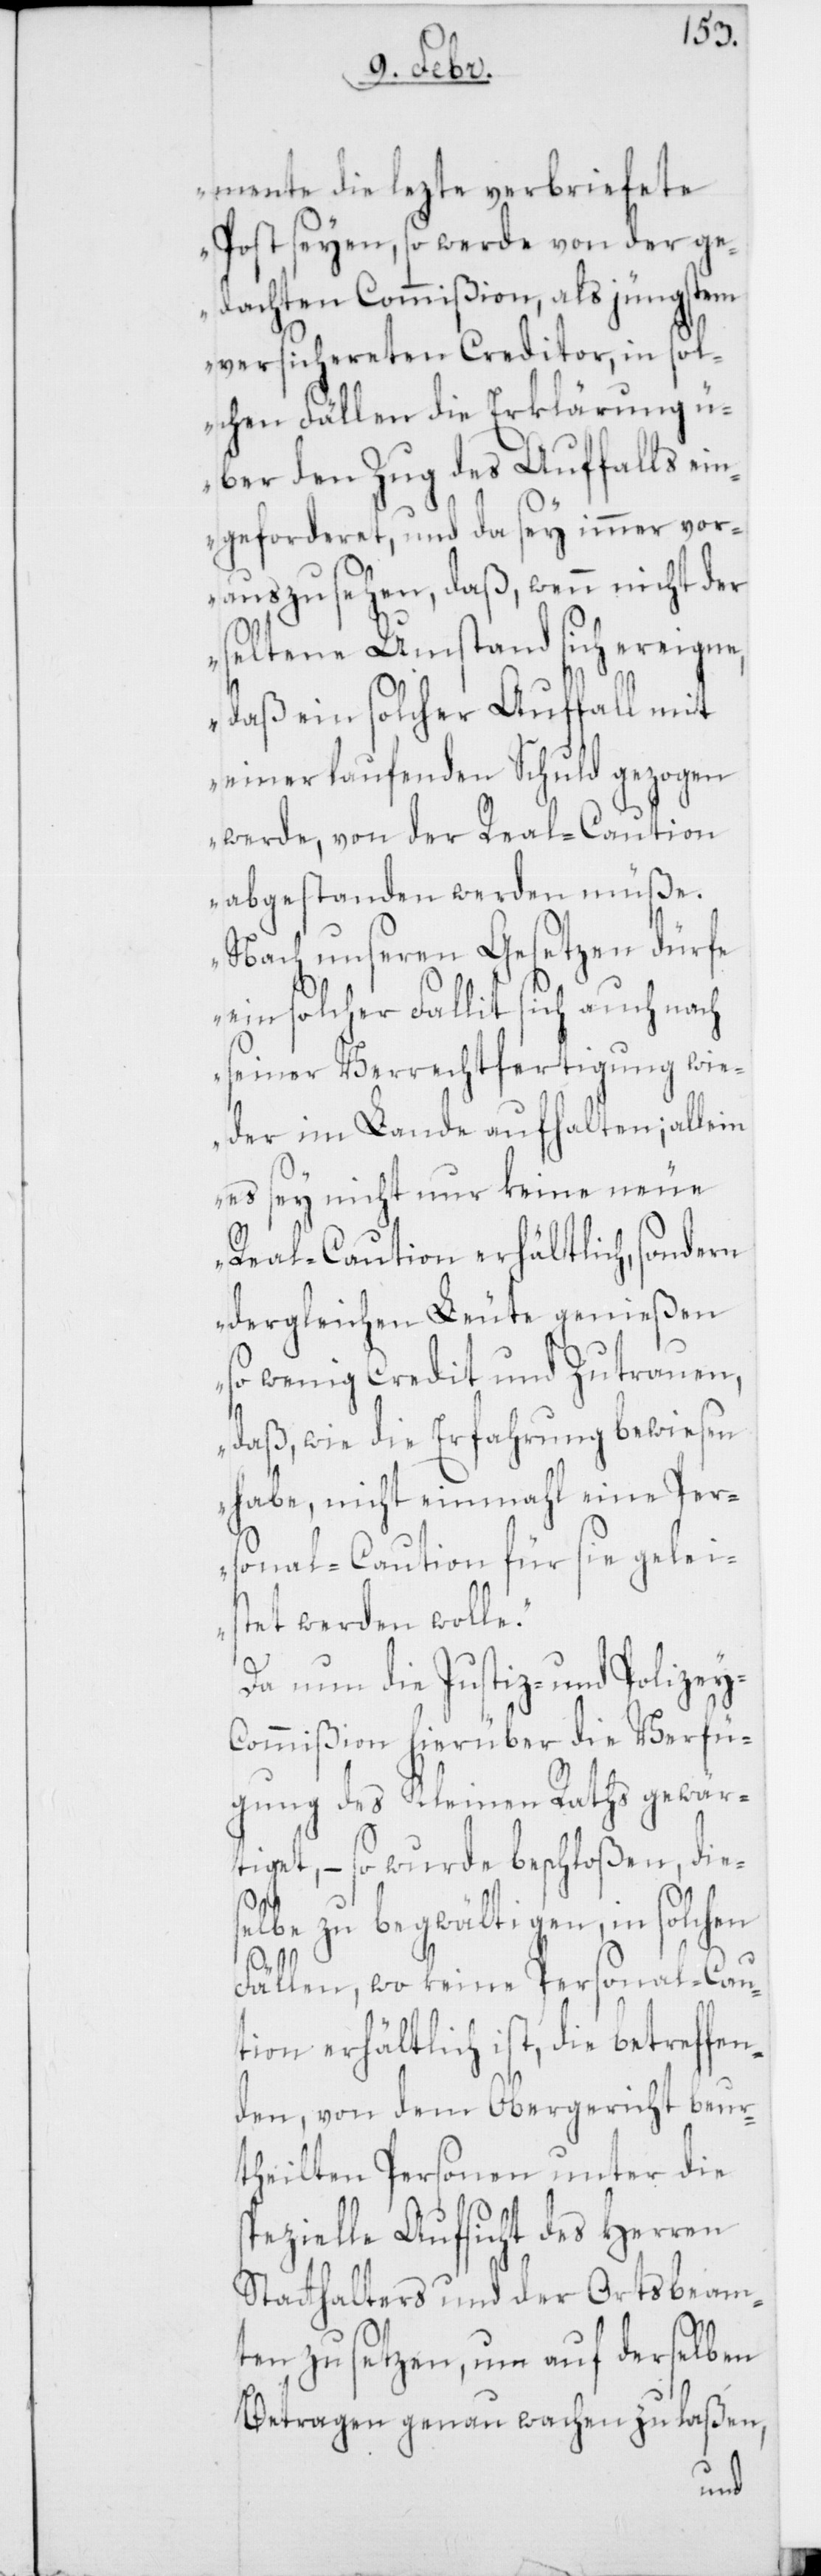
mente die lezte verbriefete
Post seyen, so werde von der ge¬
dachten Commißion, als jüngstem
versichereten Creditor, in sol¬
chen Fällen die Erklärung ü¬
ber den Zug des Auffahls ein¬
geforderet, und da sey immer vor¬
auszusehen, daß, wenn nicht der
seltene Umstand sich ereigne,
daß ein solcher Auffahl mit
einer laufenden Schuld gezogen
werde, von der Real-Caution
abgestanden werden müße.
Nach unseren Gesetzen dürfe
ein solcher Fallit sich auch nach
seiner Verrechtfertigung wie¬
der im Lande aufhalten; allein
es sey nicht nur keine neue
Real-Caution erhältlich, sondern
dergleichen Leute genießen
so wenig Credit und Zutrauen,
daß, wie die Erfahrung bewiesen
habe, nicht einmahl eine Pers¬
onal-Caution für sie geleis¬
tet werden wolle.“
Da nun die Justiz- und Polizey-C¬
ommißion hierüber die Verfü¬
gung des Kleinen Raths gewär¬
tiget, – so wurde beschloßen, dies¬
elbe zu begwältigen, in solchen
Fällen, wo keine Personal-Cau¬
tion erhältlich ist, die betreffen¬
den, von dem Obergericht beur¬
theilten Personen unter die
spezielle Aufsicht des Herren
Statthalters und der Ortsbeam¬
ten zu setzen, um auf derselben
Betragen genau wachen zu laßen,